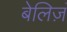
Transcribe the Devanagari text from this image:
बेलिज़ं